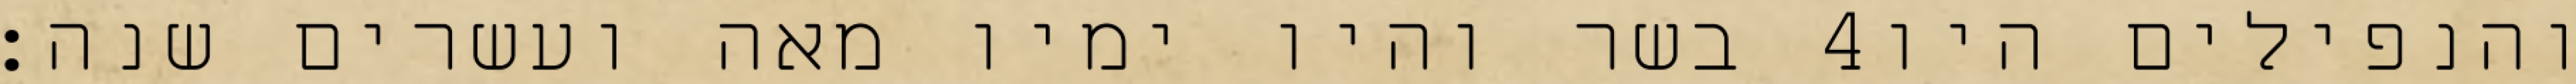
בשר והיו ימיו מאה ועשרים שנה׃ ‎4‏ והנפילים היו